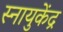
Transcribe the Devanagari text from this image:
स्नायुकेंद्र